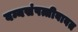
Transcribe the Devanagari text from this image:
वन्यसंपत्तीबाबत